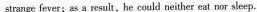
strange fever;ss a result, he could neither eat nor sleep.